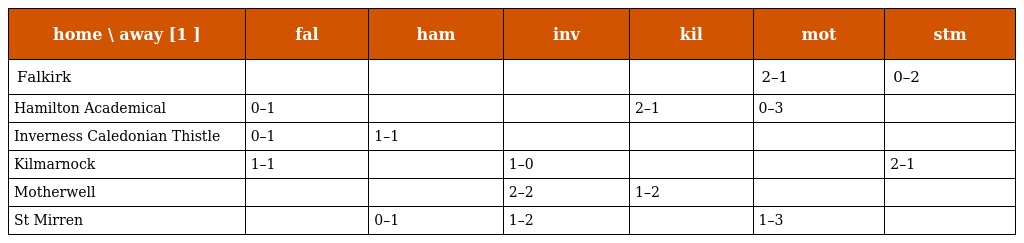
| home \ away [1 ] | fal | ham | inv | kil | mot | stm |
 | --- | --- | --- | --- | --- | --- | --- |
 | Falkirk |  |  |  |  | 2–1 | 0–2 |
 | Hamilton Academical | 0–1 |  |  | 2–1 | 0–3 |  |
 | Inverness Caledonian Thistle | 0–1 | 1–1 |  |  |  |  |
 | Kilmarnock | 1–1 |  | 1–0 |  |  | 2–1 |
 | Motherwell |  |  | 2–2 | 1–2 |  |  |
 | St Mirren |  | 0–1 | 1–2 |  | 1–3 |  |